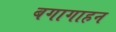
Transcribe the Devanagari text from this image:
बगागाहन